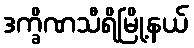
ဒက္ခိဏသီရိမြို့နယ်